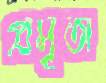
প্রসূতা